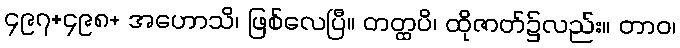
၄၉၇+၄၉၈+ အဟောသိ၊ ဖြစ်လေပြီ။ တတ္ထပိ၊ ထိုဇာတ်၌လည်း။ တာဝ၊